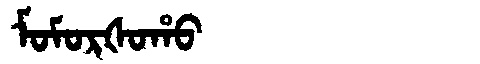
Manchu: ᠮᠣᠮᠣᡵᡧᠣᡥᠣ
Romanization: MOMORŠOHO